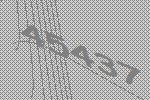
45437